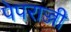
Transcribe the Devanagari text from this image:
पेपराज्जी